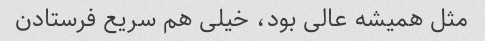
مثل همیشه عالی بود، خیلی هم سریع فرستادن